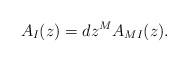
LaTeX: \begin{align*} A_I(z) = dz^M A_{MI}(z).\end{align*}